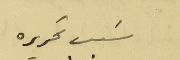
سَبب تحريره